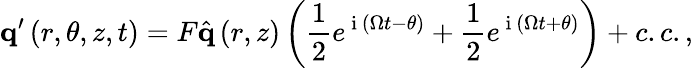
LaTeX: \mathbf{q}^{\prime}\left(r,\theta,z,t\right)=F\hat{\mathbf{q}}\left(r,z\right)\left(\frac{1}{2}e^{\mathrm{~i~}\left(\Omega t-\theta\right)}+\frac{1}{2}e^{\mathrm{~i~}\left(\Omega t+\theta\right)}\right)+c.c.,